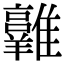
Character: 𩁛